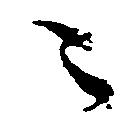
ニ